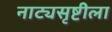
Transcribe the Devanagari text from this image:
नाट्यसृष्टीला